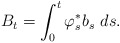
\begin{align*}B_{t} = \int_{0}^{t}\varphi_{s}^{*}b_{s}\ ds.\end{align*}